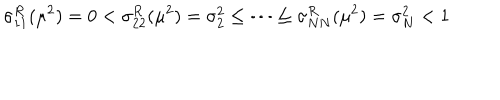
\sigma _ { 1 1 } ^ { R } ( \mu ^ { 2 } ) = 0 < \sigma _ { 2 2 } ^ { R } ( \mu ^ { 2 } ) = \sigma _ { 2 } ^ { 2 } \leq \dots \leq \sigma _ { N N } ^ { R } ( \mu ^ { 2 } ) = \sigma _ { N } ^ { 2 } < 1